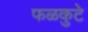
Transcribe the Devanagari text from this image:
फळकुटे